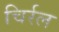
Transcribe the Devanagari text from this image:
चिर्रल